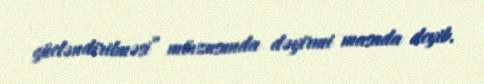
gücləndirilməsi” mövzusunda dəyirmi masada deyib.